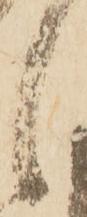
候